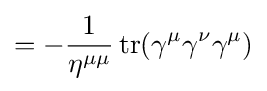
=-{\frac {1}{\eta ^{\mu \mu }}}\operatorname {tr} (\gamma ^{\mu }\gamma ^{\nu }\gamma ^{\mu })